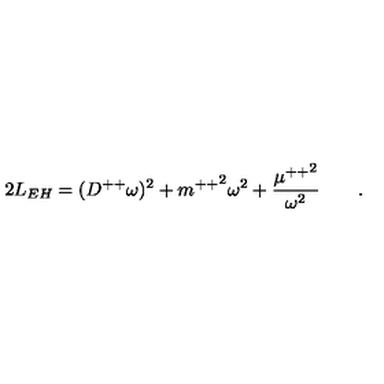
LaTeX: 2 L _ { E H } = ( D ^ { + + } \omega ) ^ { 2 } + { m ^ { + + } } ^ { 2 } \omega ^ { 2 } + { \frac { { \mu ^ { + + } } ^ { 2 } } { \omega ^ { 2 } } } \qquad .